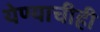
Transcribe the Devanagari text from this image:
येण्याचीही